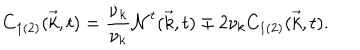
\dot { C } _ { 1 ( 2 ) } ( { \vec { k } } , t ) = \frac { \dot { \nu } _ { k } } { { \nu } _ { k } } { \cal N } ^ { t } ( { \vec { k } } , t ) \mp 2 { \nu } _ { k } C _ { 1 ( 2 ) } ( { \vec { k } } , t ) .